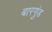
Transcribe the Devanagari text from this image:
बारगुंड